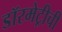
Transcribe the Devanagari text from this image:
डॉरमेट्रीची